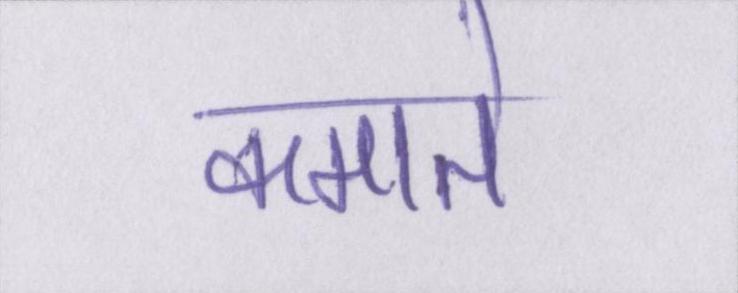
कमाते